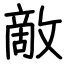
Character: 敵